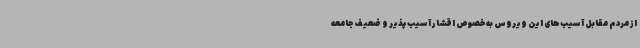
از مردم مقابل آسیب‌های این ویروس به خصوص اقشار آسیب‌پذیر و ضعیف جامعه